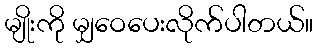
မျိုးကို မျှဝေပေးလိုက်ပါတယ်။